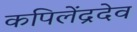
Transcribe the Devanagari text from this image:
कपिलेंद्रदेव